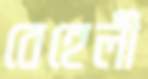
বেহেলী